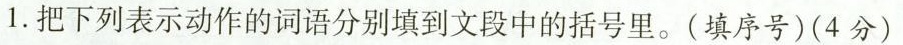
1.把下列表示动作的词语分别填到文段中的括号里。(填序号)(4分)